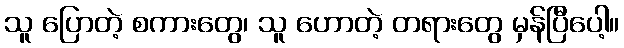
သူ ပြောတဲ့ စကားတွေ၊ သူ ဟောတဲ့ တရားတွေ မှန်ပြီပေါ့။